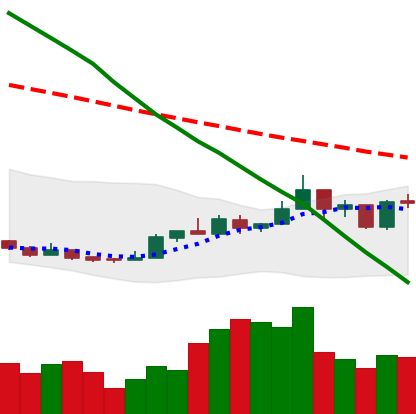
Ticker: NEO-USD
Chart end date: 2018-12-29
Forward return: -3.646%
Label: down_3_5